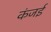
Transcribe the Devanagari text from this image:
कंजई